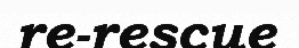
re-rescue